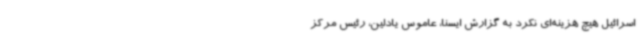
اسرائیل هیچ هزینه‌ای نکرد به گزارش ایسنا، عاموس یادلین، رئیس مرکز